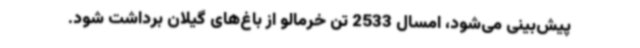
پیش‌بینی می‌شود، امسال 2533 تن خرمالو از باغ‌های گیلان برداشت شود.